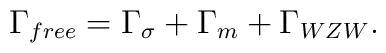
\Gamma_{free} = \Gamma_\sigma + \Gamma_m + \Gamma_{WZW}.